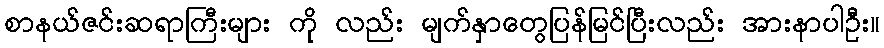
စာနယ်ဇင်းဆရာကြီးများ ကို လည်း မျက်နှာတွေပြန်မြင်ပြီးလည်း အားနာပါဦး။